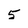
Character: 5